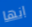
انها